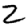
Digit: 2